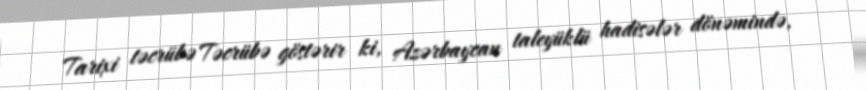
Tarixi təcrübə Təcrübə göstərir ki, Azərbaycan taleyüklü hadisələr dönəmində,